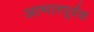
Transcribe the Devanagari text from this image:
आभारपूर्वक